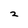
Character: 2